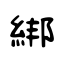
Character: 綁